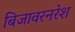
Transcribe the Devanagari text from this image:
बिजावरनरेश